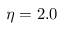
\eta = 2 . 0